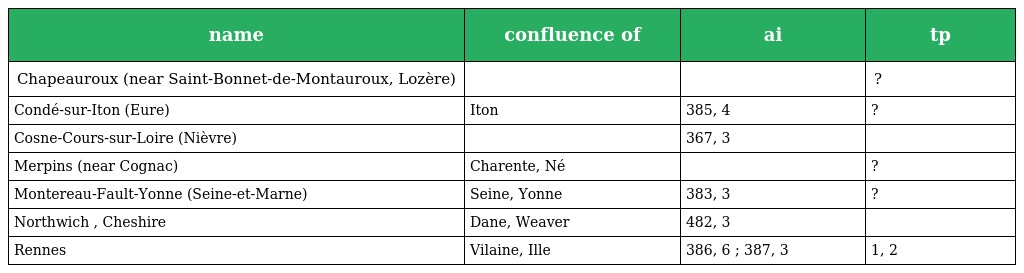
| name | confluence of | ai | tp |
 | --- | --- | --- | --- |
 | Chapeauroux (near Saint-Bonnet-de-Montauroux, Lozère) |  |  | ? |
 | Condé-sur-Iton (Eure) | Iton | 385, 4 | ? |
 | Cosne-Cours-sur-Loire (Nièvre) |  | 367, 3 |  |
 | Merpins (near Cognac) | Charente, Né |  | ? |
 | Montereau-Fault-Yonne (Seine-et-Marne) | Seine, Yonne | 383, 3 | ? |
 | Northwich , Cheshire | Dane, Weaver | 482, 3 |  |
 | Rennes | Vilaine, Ille | 386, 6 ; 387, 3 | 1, 2 |